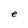
Character: e